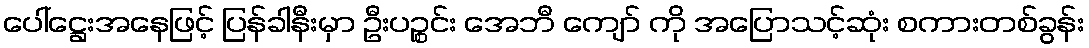
ပေါ်ဋ္ဌေးအနေဖြင့် ပြန်ခါနီးမှာ ဦးပဉ္စင်း အေဘီ ကျော် ကို အပြောသင့်ဆုံး စကားတစ်ခွန်း